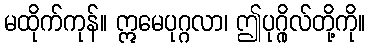
မထိုက်ကုန်။ ဣမေပုဂ္ဂလာ၊ ဤပုဂ္ဂိုလ်တို့ကို။